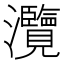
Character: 灠